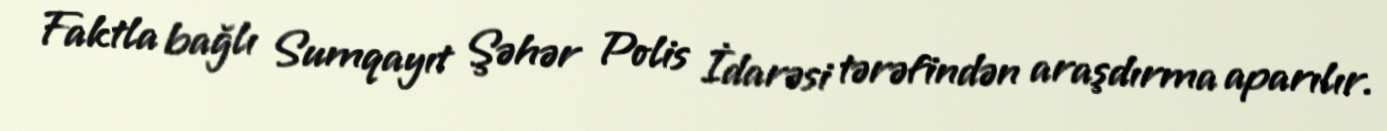
Faktla bağlı Sumqayıt Şəhər Polis İdarəsi tərəfindən araşdırma aparılır.